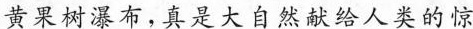
黄果树瀑布，真是大自然献给人类的惊